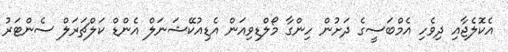
އެކޮލެޖާއި ދިވެހި އެމްބަސީގެ ދަށުން ހިންގާ މޯލްޑިވިއަން އެޑިއުކޭޝަނަލް އެންޑް ކަލްޗަރަލް ސެންޓަރު